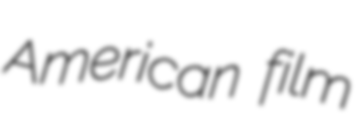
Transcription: American film